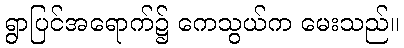
ရွာပြင်အရောက်၌ ကေသွယ်က မေးသည်။